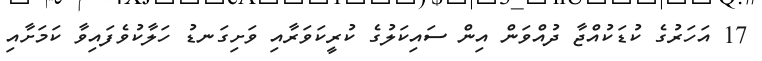
17 އަހަރުގެ ކުޑަކުއްޖާ ދުއްވަން އިން ސައިކަލުގެ ކުރީކަވަރާއި ވަށިގަނޑު ހަލާކުވެފައިވާ ކަމަށާއި